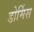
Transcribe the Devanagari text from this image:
डोर्मिस